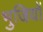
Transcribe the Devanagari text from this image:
भुजियों